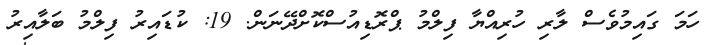
ހަމަ ގައިމުވެސް ލާރި ހުރިއްޔާ ފިލްމު ޕްރޮޑިއުސްކޮށްދޭނަން. 19: ކުޑައިރު ފިލްމު ބަލާއިރު